Indian journal of veterinary science and animal husbandry - Volume 3,
Year: 1933
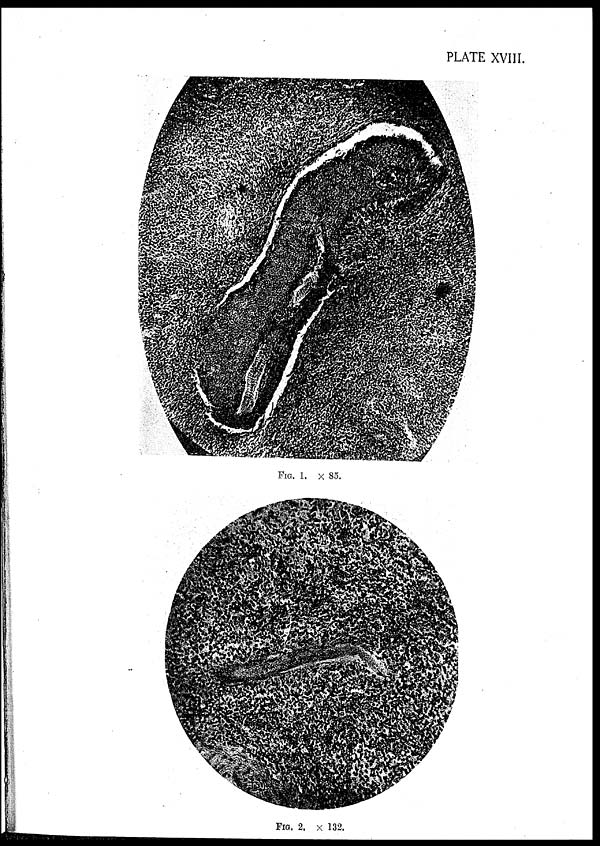
PLATE XVIII.
FIG. 1. × 85.
FIG. 2. × 132.